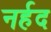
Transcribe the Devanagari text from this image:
नर्हद